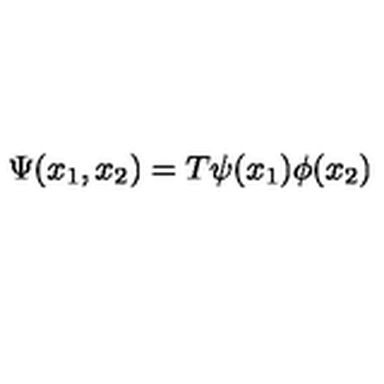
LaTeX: \Psi ( x _ { 1 } , x _ { 2 } ) = T \psi ( x _ { 1 } ) \phi ( x _ { 2 } )